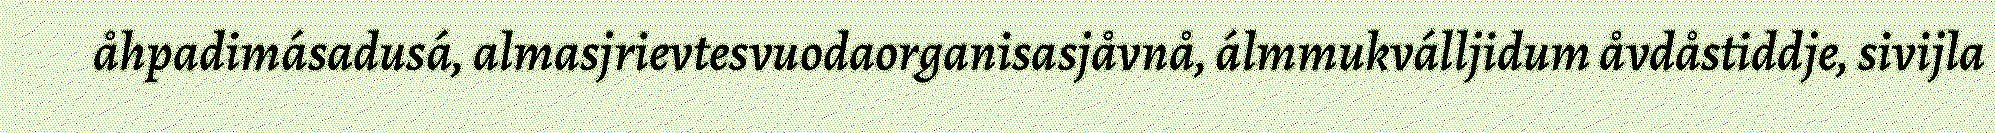
åhpadimásadusá, almasjrievtesvuodaorganisasjåvnå, álmmukválljidum åvdåstiddje, sivijla